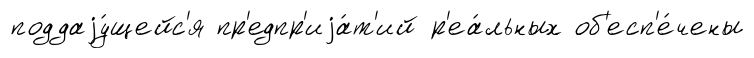
поддаjу́щейс'я пр'едпр'иjа́т'ий р'еа́льных об'есп'е́чены